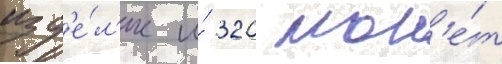
изд'е́л'ие и́ 320 мон'е́т